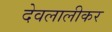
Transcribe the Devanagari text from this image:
देवलालीकर